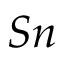
S n